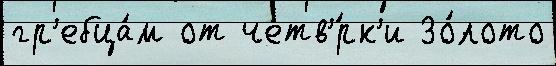
гр'ебца́м от четв'́рк'и Зо́лото